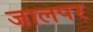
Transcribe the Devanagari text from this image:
जालपर